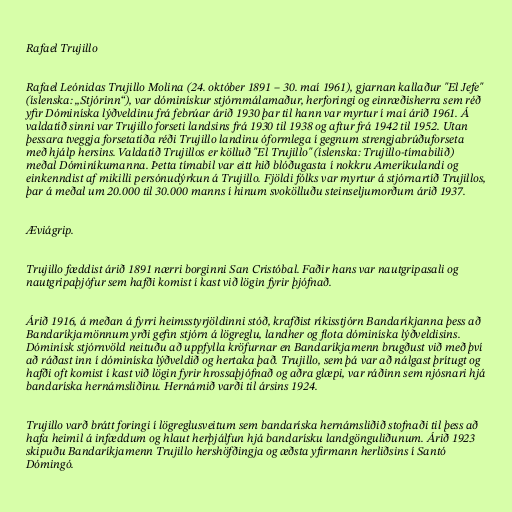
Rafael Trujillo

Rafael Leónidas Trujillo Molina (24. október 1891 – 30. maí 1961), gjarnan kallaður "El Jefe"
(íslenska: „Stjórinn“), var dóminískur stjórnmálamaður, herforingi og einræðisherra sem réð
yfir Dóminíska lýðveldinu frá febrúar árið 1930 þar til hann var myrtur í maí árið 1961. Á
valdatíð sinni var Trujillo forseti landsins frá 1930 til 1938 og aftur frá 1942 til 1952. Utan
þessara tveggja forsetatíða réði Trujillo landinu óformlega í gegnum strengjabrúðuforseta
með hjálp hersins. Valdatíð Trujillos er kölluð "El Trujillo" (íslenska: Trujillo-tímabilið)
meðal Dóminíkumanna. Þetta tímabil var eitt hið blóðugasta í nokkru Ameríkulandi og
einkenndist af mikilli persónudýrkun á Trujillo. Fjöldi fólks var myrtur á stjórnartíð Trujillos,
þar á meðal um 20.000 til 30.000 manns í hinum svokölluðu steinseljumorðum árið 1937.

Æviágrip.

Trujillo fæddist árið 1891 nærri borginni San Cristóbal. Faðir hans var nautgripasali og
nautgripaþjófur sem hafði komist í kast við lögin fyrir þjófnað.

Árið 1916, á meðan á fyrri heimsstyrjöldinni stóð, krafðist ríkisstjórn Bandaríkjanna þess að
Bandaríkjamönnum yrði gefin stjórn á lögreglu, landher og flota dóminíska lýðveldisins.
Dóminísk stjórnvöld neituðu að uppfylla kröfurnar en Bandaríkjamenn brugðust við með því
að ráðast inn í dóminíska lýðveldið og hertaka það. Trujillo, sem þá var að nálgast þrítugt og
hafði oft komist í kast við lögin fyrir hrossaþjófnað og aðra glæpi, var ráðinn sem njósnari hjá
bandaríska hernámsliðinu. Hernámið varði til ársins 1924.

Trujillo varð brátt foringi í lögreglusveitum sem bandaríska hernámsliðið stofnaði til þess að
hafa heimil á infæddum og hlaut herþjálfun hjá bandarísku landgönguliðunum. Árið 1923
skipuðu Bandaríkjamenn Trujillo hershöfðingja og æðsta yfirmann herliðsins í Santó
Dómingó.